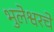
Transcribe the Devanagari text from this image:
भुलेश्वरचे